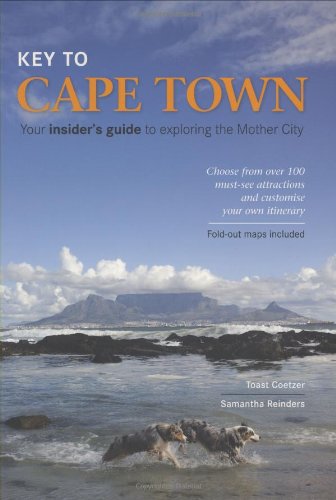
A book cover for Key to Cape Town: Your Insider's Guide to Exploring the Mother City; Samantha Reinders; Travel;